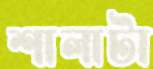
শালাটা